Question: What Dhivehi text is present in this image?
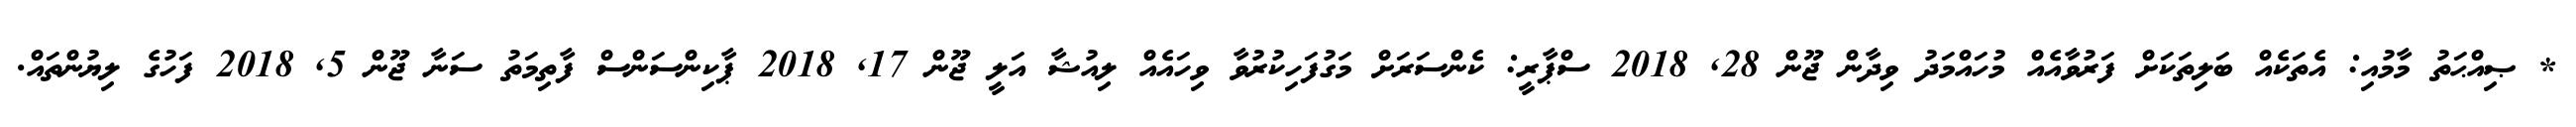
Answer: * ޞިއްޙަތު މާމުއި: އެތަކެއް ބަލިތަކަށް ފަރުވާއެއް މުހައްމަދު ވިދާން ޖޫން 28, 2018 ސްޕާރީ: ކެންސަރަށް މަގުފަހިކުރުވާ ވިހައެއް ލިއުޝާ އަލީ ޖޫން 17, 2018 ޕާކިންސަންސް ފާތިމަތު ސަނާ ޖޫން 5, 2018 ފަހުގެ ލިޔުންތައް.